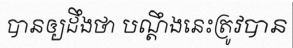
បានឲ្យដឹងថា បណ្តឹងនេះត្រូវបាន